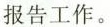
报告工作。